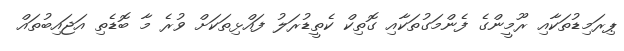
ޕިރަމިޑުތަކާއި ރޫމީންގެ ފެންމަގުތަކާއި ގޮތިކް ކެތީޑުރަލު ފައްޅިތަކަށް ވުރެ މާ ބޮޑެތި އަޖައިބުތައް